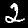
Label: 2